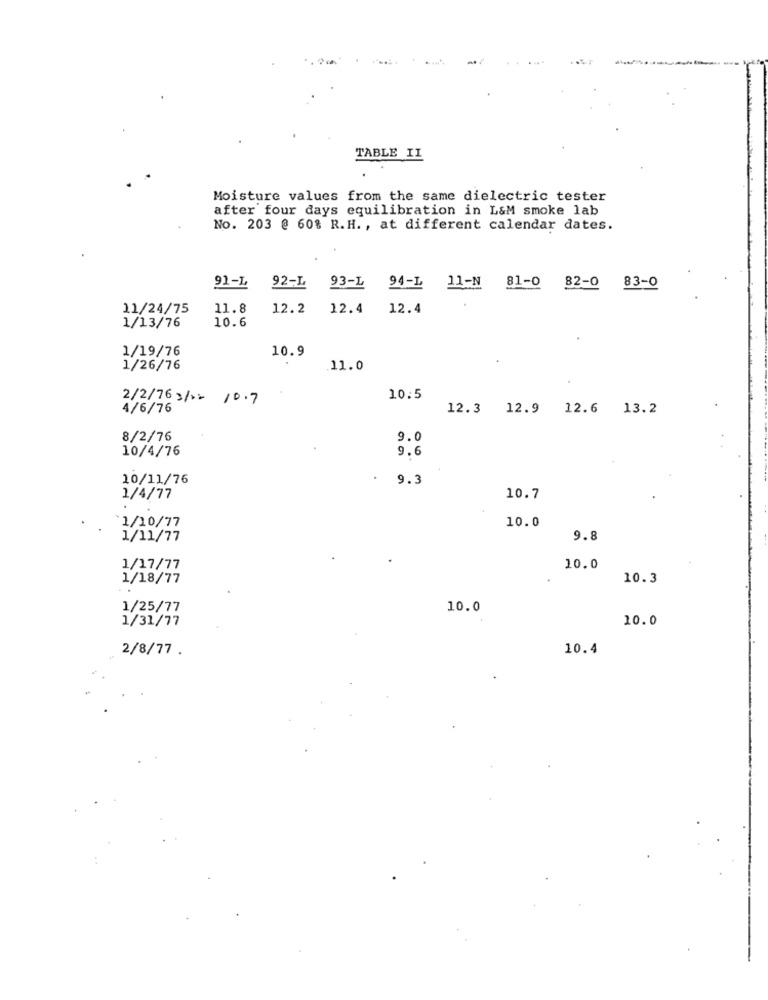
TABLE IL
Moisture values from the same dielectric tester
after four days equilibration in L&M smoke lab
No. 203 @ 60% R.H ., at different calendar dates.
91-L
92-L
93-L
94-L 11-N 81-0 82-0 83-0
11/24/75
11.8
12.2
12.4
12.4
1/13/76
10.6
1/19/76
10.9
1/26/76
11.0
2/2/76 3/ 10.7
10.5
4/6/76
12.3 12.9 12.6 13.2
8/2/76
9.0
10/4/76
9.6
10/11/76
. 9.3
1/4/77
10.7
.
10.0
*1/10/77
1/11/77
9.8
1/17/77
10.0
1/18/77
10.3
1/25/77
10.0
1/31/77
10.0
2/8/77 .
10.4